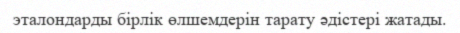
эталондарды бірлік өлшемдерін тарату әдістері жатады.